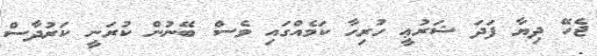
ޖެހޭ ދިޔާ ފަދަ ޝަރުޢީ ހުރިހާ ކަމެއްގައި ވެސް ބޭނުން ކުރަނީ ކަރުދާސް